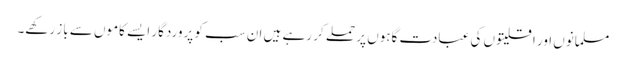
مسلمانوں اور اقلیتوں کی عبادت گاہوں پر حملے کر رہے ہیں ان سب کو پروردگار ایسے کاموں سے باز رکھے۔